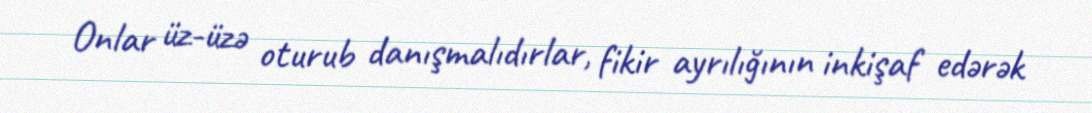
Onlar üz-üzə oturub danışmalıdırlar, fikir ayrılığının inkişaf edərək